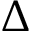
\Delta